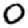
Digit: 0